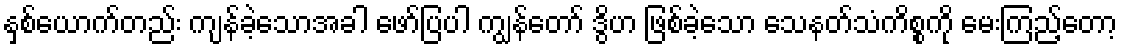
နှစ်ယောက်တည်း ကျန်ခဲ့သောအခါ ဖော်ပြပါ ကျွန်တော် ဒွိဟ ဖြစ်ခဲ့သော သေနတ်သံကိစ္စကို မေးကြည့်တော့